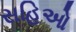
સહિઓ